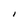
Character: l